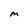
Character: m